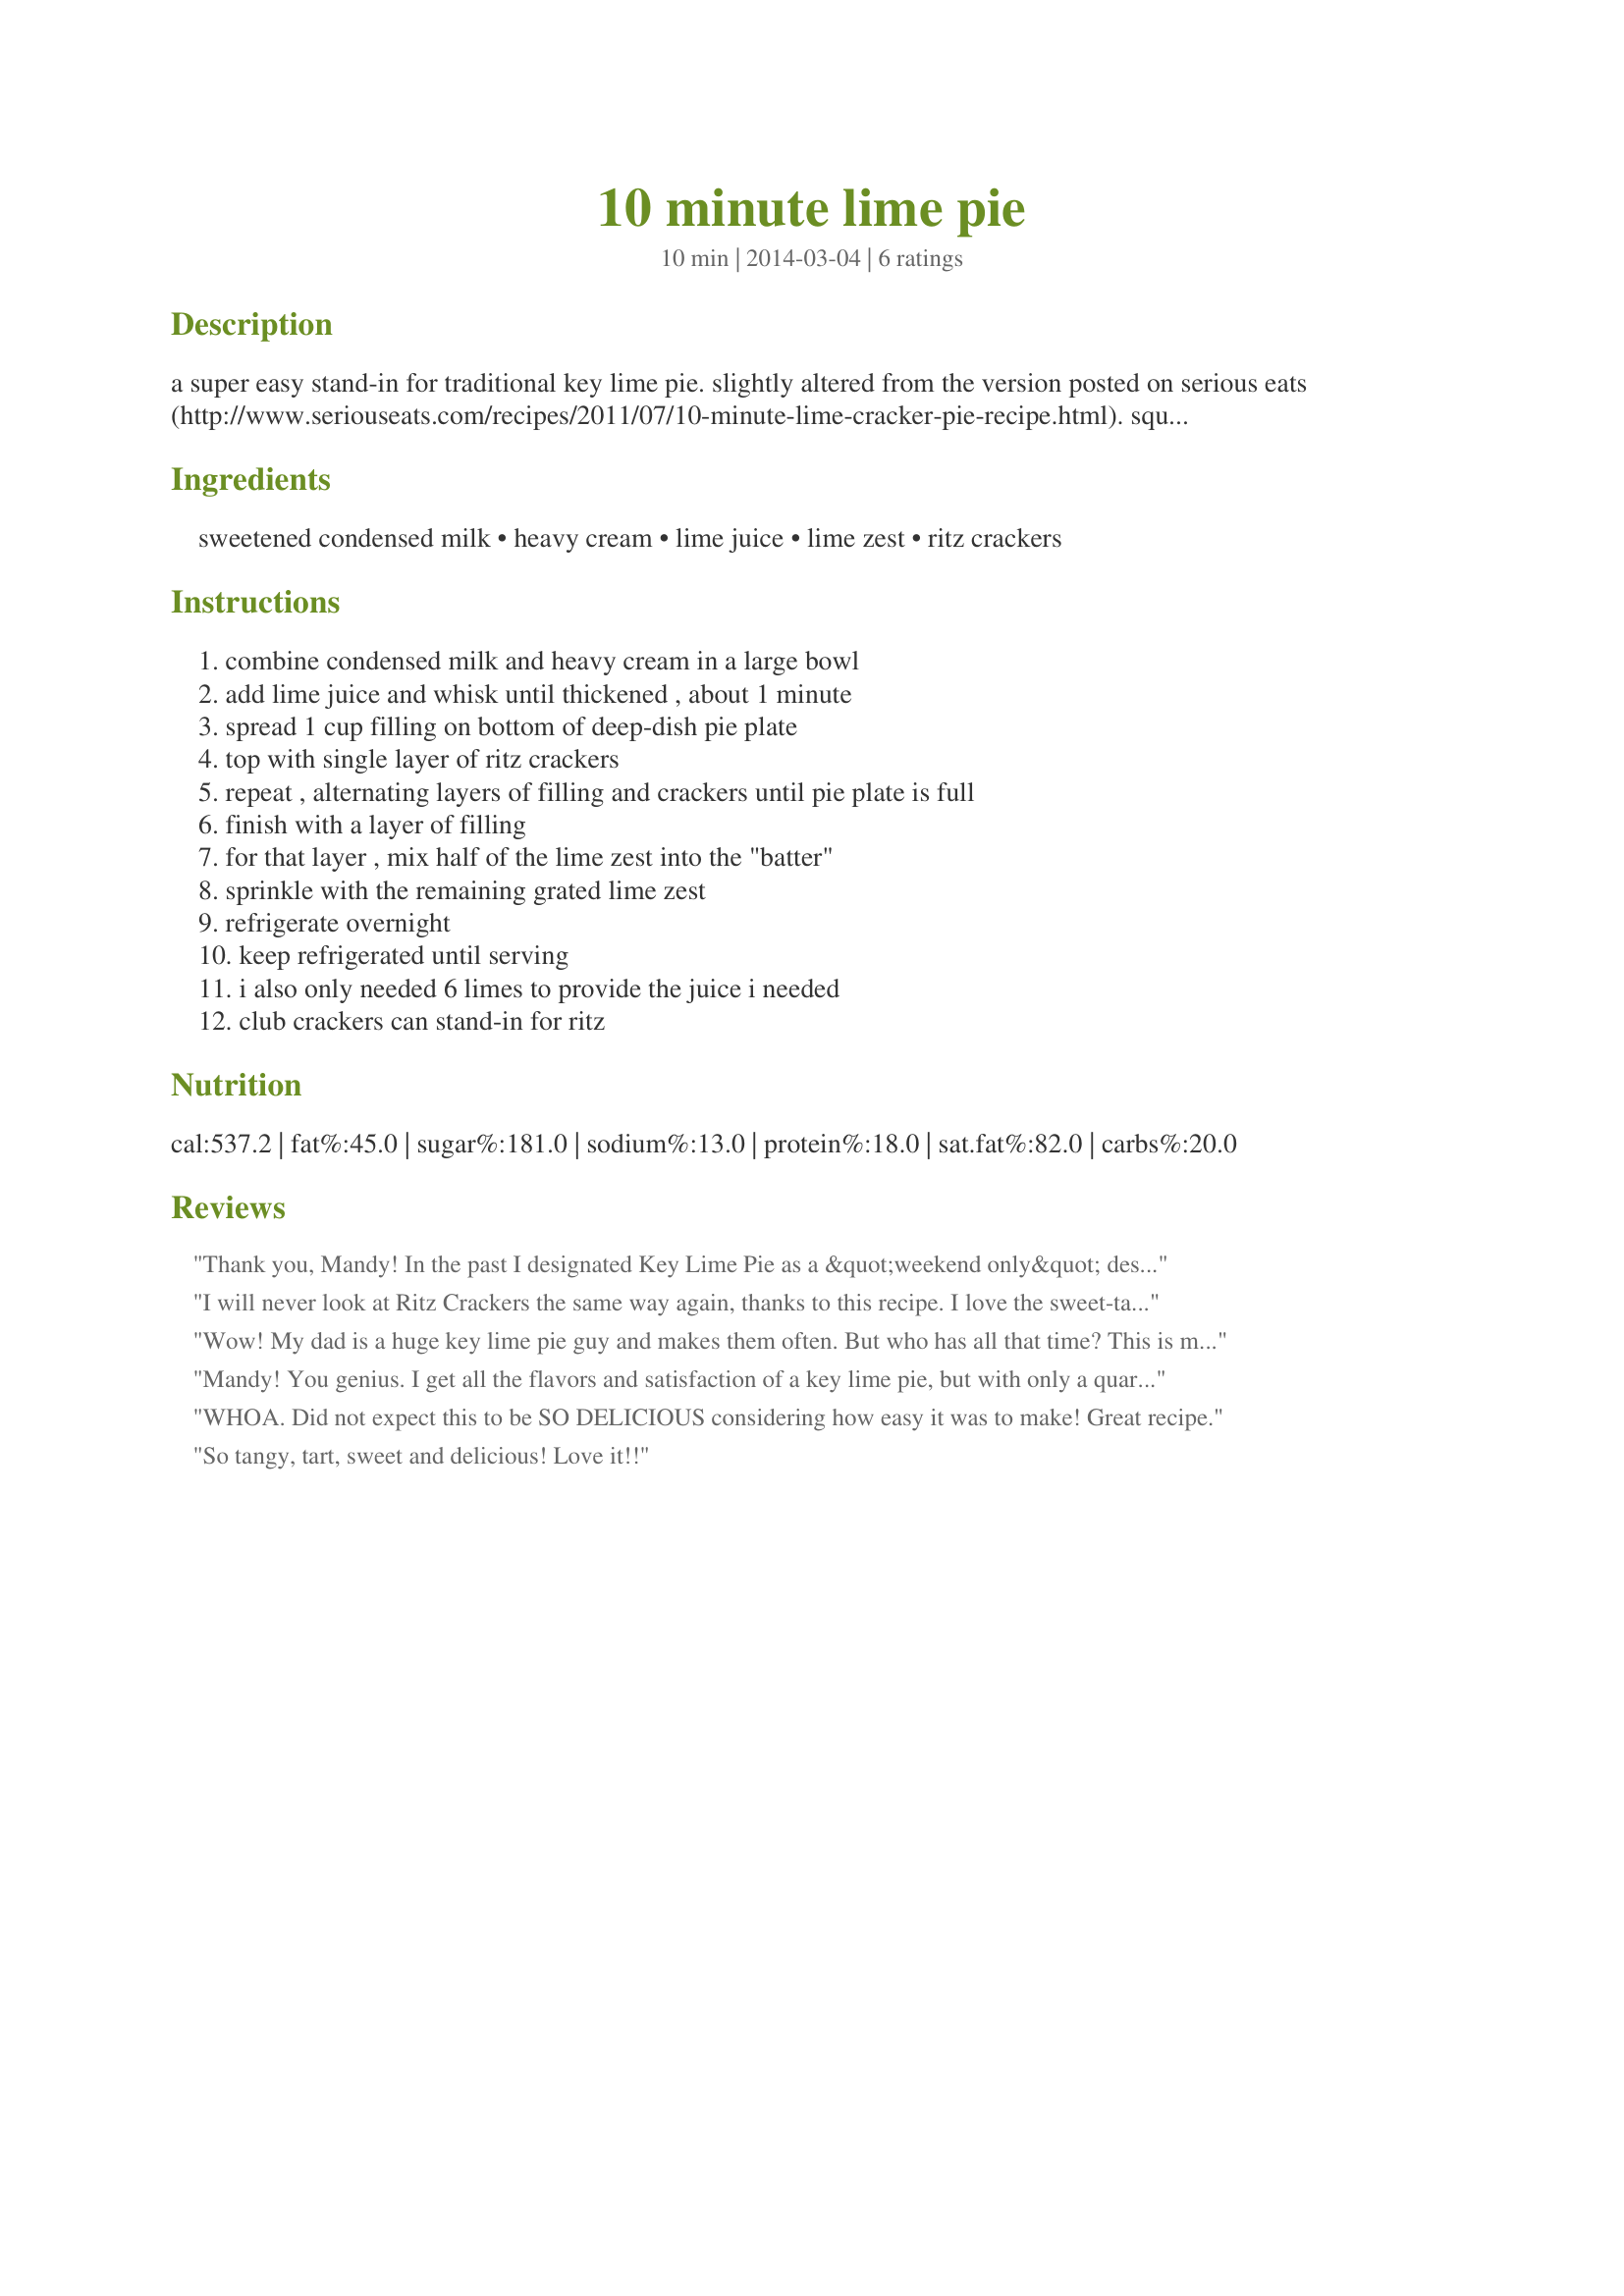
10 minute lime pie
Preparation time: 10 minutes

a super easy stand-in for traditional key lime pie. slightly altered from the version posted on serious eats (http://www.seriouseats.com/recipes/2011/07/10-minute-lime-cracker-pie-recipe.html). squeezing the limes can be a chore, but you can always skip it by buying fresh lime juice.

Ingredients:
sweetened condensed milk, heavy cream, lime juice, lime zest, ritz crackers

Steps:
combine condensed milk and heavy cream in a large bowl, add lime juice and whisk until thickened , about 1 minute, spread 1 cup filling on bottom of deep-dish pie plate, top with single layer of ritz crackers, repeat , alternating layers of filling and crackers until pie plate is full, finish with a layer of filling, for that layer , mix half of the lime zest into the "batter", sprinkle with the remaining grated lime zest, refrigerate overnight, keep refrigerated until serving, i also only needed 6 limes to provide the juice i needed, club crackers can stand-in for ritz

Reviews:
Thank you, Mandy! In the past I designated Key Lime Pie as a &quot;weekend only&quot; dessert due to time limitations. I love that I can have the flavor of one of my favorite pies in just 10 minutes. Great idea!
I will never look at Ritz Crackers the same way again, thanks to this recipe. I love the sweet-tart-salty flavor combo AND it&#039;s super easy to make. Thanks, Mandy!
Wow! My dad is a huge key lime pie guy and makes them often. But who has all that time? This is my go-to when I&#039;m craving that refreshingly sweet bite but don&#039;t want to put in all the effort. Well done, Mandy!
Mandy! You genius. I get all the flavors and satisfaction of a key lime pie, but with only a quarter of the work and time spent. I actually like this version better - the salty hit you get from the crackers is right up my alley. Thanks so much for posting!
WHOA. Did not expect this to be SO DELICIOUS considering how easy it was to make! Great recipe.
So tangy, tart, sweet and delicious! Love it!!
